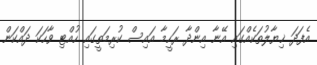
އެފަދަ ޚިޔާލުތަކެއްގައި އޭނާ އިންދާ ރަހީމާ އައިސް ކުރިމަތީގައި ހުއްޓި ވާހަކަ ދައްކަން